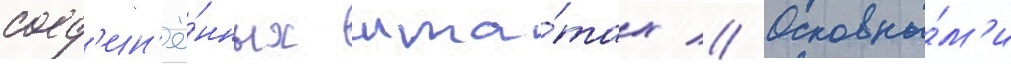
соед'ин'ё́нных шта́тах // Основны́м'и